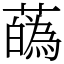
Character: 蘤